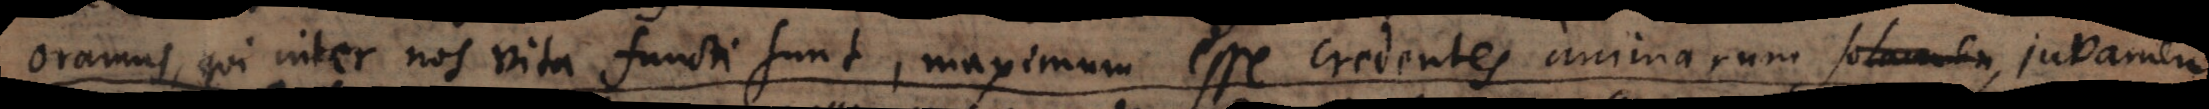
oramus, qui inter nos vita functi sunt, maximum esse credentes animarum solamen juvamen,